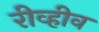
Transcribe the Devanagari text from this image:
रीव्हीव